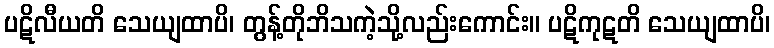
ပဋိလီယတိ သေယျထာပိ၊ တွန့်တိုဘိသကဲ့သို့လည်းကောင်း။ ပဋိကုဋတိ သေယျထာပိ၊